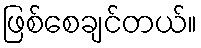
ဖြစ်စေချင်တယ်။